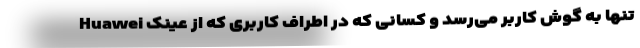
تنها به گوش کاربر می‌رسد و کسانی که در اطراف کاربری که از عینک Huawei